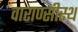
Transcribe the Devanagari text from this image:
वाराण्सीस्थ